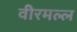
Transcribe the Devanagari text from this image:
वीरमल्ल